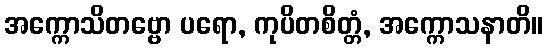
အက္ကောသိတဗ္ဗော ပရော, ကုပိတစိတ္တံ, အက္ကောသနာတိ။